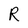
Character: R